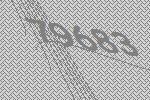
79683